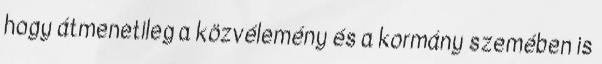
hogy átmenetileg a közvélemény és a kormány szemében is